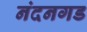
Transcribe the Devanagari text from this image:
नंदनगड